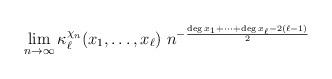
LaTeX: \begin{align*} \lim_{n\to\infty} \kappa^{\chi_n}_{\ell}(x_{1},\dots,x_{\ell})\ n^{- \frac{\deg x_1+ \cdots + \deg x_\ell - 2(\ell-1)}{2}} \end{align*}